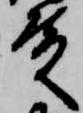
殿